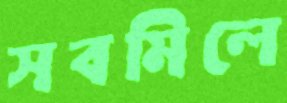
সবমিলে